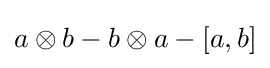
a\otimes b-b\otimes a-[a,b]